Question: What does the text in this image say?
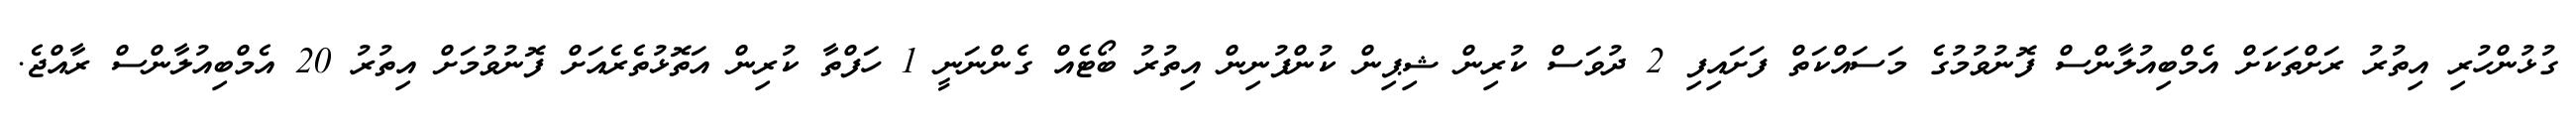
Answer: ގުޅުންހުރި އިތުރު ރަށްތަކަށް އެމްބިއުލާންސް ފޮނުވުމުގެ މަސައްކަތް ފަށައިފި 2 ދުވަސް ކުރިން ޝިޕިން ކުންފުނިން އިތުރު ބޯޓެއް ގެންނަނީ 1 ހަފްތާ ކުރިން އަތޮޅުތެރެއަށް ފޮނުވުމަށް އިތުރު 20 އެމްބިއުލާންސް ރާއްޖެ.